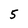
Character: 5